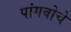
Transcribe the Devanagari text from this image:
पांगबोचे